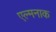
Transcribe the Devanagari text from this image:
एल्मनाक